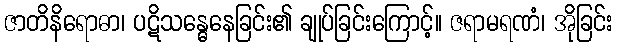
ဇာတိနိရောဓာ၊ ပဋိသန္ဓေနေခြင်း၏ ချုပ်ခြင်းကြောင့်။ ဇရာမရဏံ၊ အိုခြင်း